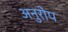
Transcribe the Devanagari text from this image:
अनुरोप